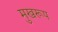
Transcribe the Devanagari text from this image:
मुखरूप